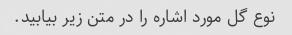
نوع گل مورد اشاره را در متن زیر بیابید.